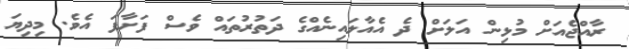
ރާއްޖެއަށް މުޅިން އަލަށް ދެ އެއާލައިނެއްގެ ދަތުރުތައް ވެސް ފަށާފަ އެވެ. މިދިޔަ